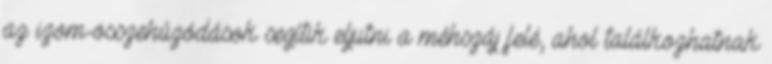
az izom-összehúzódások segítik eljutni a méhszáj felé, ahol találkozhatnak